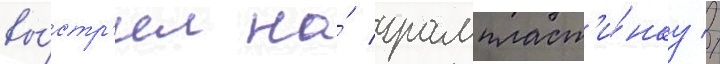
вы́стр'ел на́ грампласт'и́нку //